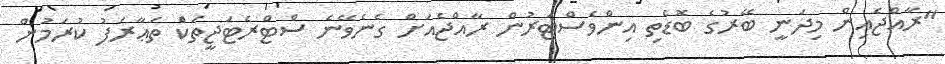
"ރާއްޖެއިން މިދަނީ ބޭރުގެ ބޮޑެތި އިންވެސްޓަރުން ރާއްޖެއަށް ގެނެވޭނެ ސްޓްރެޓަޖީތަކެް ތަޢާރަފު ކުރަމުން